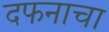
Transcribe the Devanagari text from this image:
दफनाचा